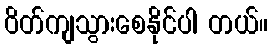
ဝိတ်ကျသွားစေနိုင်ပါ တယ်။